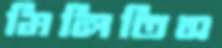
মিলিতিস